Lunatic asylums in Bengal annual reports 1888-1898 - 1888-1898
Year: 1888
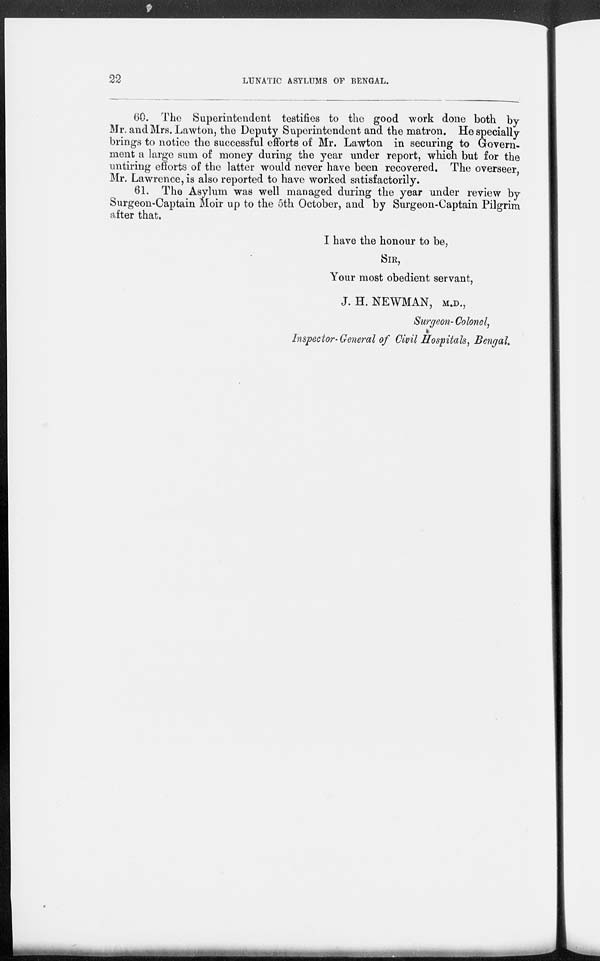
22
LUNATIC ASYLUMS OF BENGAL.
60. The Superintendent testifies to the good work done both by
Mr. and Mrs. Lawton, the Deputy Superintendent and the matron. He specially
brings to notice the successful efforts of Mr. Lawton in securing to Govern¬
ment a large sum of money during the year under report, which but for the
untiring efforts of the latter would never have been recovered. The overseer
Mr. Lawrence, is also reported to have worked satisfactorily.
61. The Asylum was well managed during the year under review by
Surgeon-Captain Moir up to the 5th October, and by Surgeon-Captain Pilgrim
after that.
I have the honour to be,
SIR,
Your most obedient servant,
J.H.NEWMAN, M.D.,
Surgeon-Colonel,
Inspector-General of Civil Hospitals, Bengal